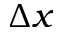
\Delta x